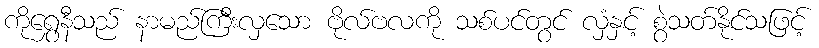
ကိုရွှေနီသည် နာမည်ကြီးလှသော ဗိုလ်ဗလကို သစ်ပင်တွင် လှံနှင့် စွဲသတ်နိုင်သဖြင့်